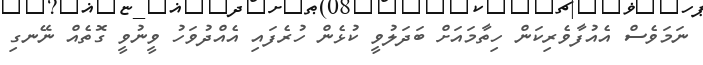
ނަމަވެސް އެއުފާވެރިކަން ހިތާމައަށް ބަދަލުވީ ކުޅެން ހުރެފައި އެއްދުވަހު ވީނުވީ ގޮތެއް ނޭނގި